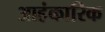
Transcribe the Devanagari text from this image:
आहंकारिक